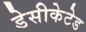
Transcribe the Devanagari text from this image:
डेसीकेटेड